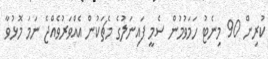
ކުރިން 90 މިނެޓު ހަމަވުމުން ސެމީ ފައިނަލުގެ މެޗަކުން އެއްވަރުވެއްޖެ ނަމަ މޮޅުވާ